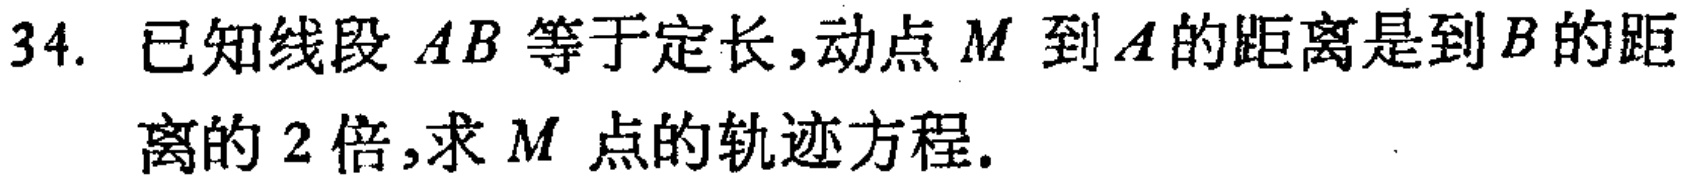
34. 已知线段 \(AB\) 等于定长，动点 \(M\) 到 \(A\) 的距离是到 \(B\) 的距离的 \(2\) 倍，求 \(M\) 点的轨迹方程.